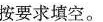
按要求填空。